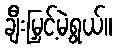
ချီးမြှင့်မဲ့ရွယ်။